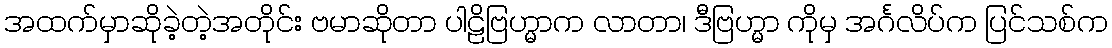
အထက်မှာဆိုခဲ့တဲ့အတိုင်း ဗမာဆိုတာ ပါဠိဗြဟ္မာက လာတာ၊ ဒီဗြဟ္မာ ကိုမှ အင်္ဂလိပ်က ပြင်သစ်က